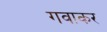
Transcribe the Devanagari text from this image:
गवाकर